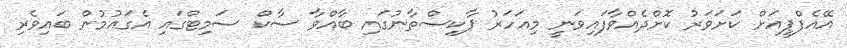
އޭއެފްޕީއަށް ކަށަވަރު ކޮށްދެއްވާފައިވަނީ މިއަހަރު ޕާކިސްތާނުގައި ބާއްވާ ސާކް ސަމިޓްގައި އެގައުމުން ބައިވެރި